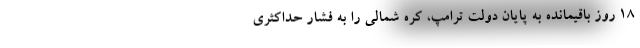
۱۸ روز باقیمانده به پایان دولت ترامپ، کره شمالی را به فشار حداکثری